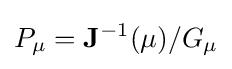
P_{\mu }=\mathbf {J} ^{-1}(\mu )/G_{\mu }